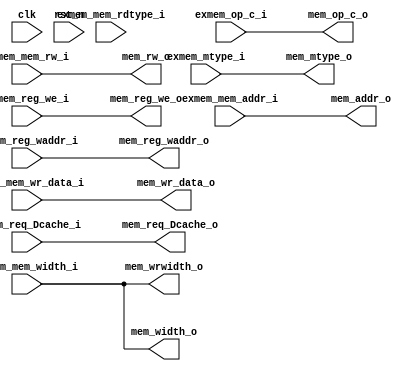
module MEM (
    input   wire                    clk,
    input   wire                    rst_n,
    //from ex_mem_reg
    input   wire            [31:0]  exmem_op_c_i,
    input   wire            [4:0]   exmem_reg_waddr_i,
    input   wire                    exmem_reg_we_i,

    input   wire                    exmem_mtype_i,          
    input   wire                    exmem_mem_rw_i,        
    input   wire            [1:0]   exmem_mem_width_i,      
    input   wire            [31:0]  exmem_mem_wr_data_i, 
    input   wire                    exmem_mem_rdtype_i,    
    input   wire            [31:0]  exmem_mem_addr_i,

    input   wire                    exmem_req_Dcache_i,
    //to mem_wb_reg
    output  wire            [31:0]  mem_op_c_o,
    output  wire            [4:0]   mem_reg_waddr_o,
    output  wire                    mem_reg_we_o,

    output  wire                    mem_mtype_o,
    output  wire            [1:0]   mem_width_o,
    //to Dcache
    output  wire                    mem_rw_o,
    output  wire                    mem_req_Dcache_o,

    output  wire            [31:0]  mem_addr_o,
    output  wire            [1:0]   mem_wrwidth_o,
    output  wire            [31:0]  mem_wr_data_o    
);


    assign mem_mtype_o = exmem_mtype_i;
    assign mem_width_o = exmem_mem_width_i;

    assign mem_req_Dcache_o = exmem_req_Dcache_i;
    assign mem_rw_o = exmem_mem_rw_i;
    assign mem_addr_o = exmem_mem_addr_i;
    assign mem_wrwidth_o = exmem_mem_width_i;
    assign mem_wr_data_o = exmem_mem_wr_data_i;

    
    assign mem_op_c_o = exmem_op_c_i;
    assign mem_reg_waddr_o = exmem_reg_waddr_i;
    assign mem_reg_we_o = exmem_reg_we_i;


endmodule